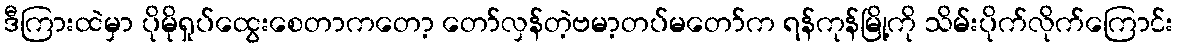
ဒီကြားထဲမှာ ပိုမိုရှုပ်ထွေးစေတာကတော့ တော်လှန်တဲ့ဗမာ့တပ်မတော်က ရန်ကုန်မြို့ကို သိမ်းပိုက်လိုက်ကြောင်း